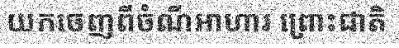
យកចេញពីចំណីអាហារ ព្រោះជាតិ